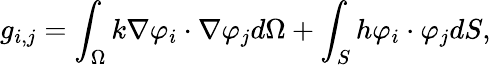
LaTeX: g_{i,j}=\int_{\Omega}k\nabla\varphi_{i}\cdot\nabla\varphi_{j}d\Omega+\int_{S}h\varphi_{i}\cdot\varphi_{j}dS,